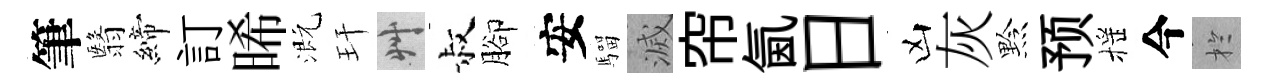
筆翳締訂晞溉玕艸叔腳安騮滅帘氤日凶灰黔预摇今扵